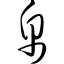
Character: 帛